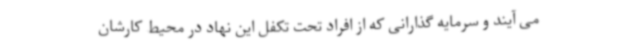
می آیند و سرمایه گذارانی که از افراد تحت تکفل این نهاد در محیط کارشان